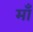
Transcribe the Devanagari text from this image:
मॉँ